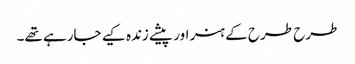
طرح طرح کے ہنر اور پیشے زندہ کیے جارہے تھے۔